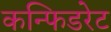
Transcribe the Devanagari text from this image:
कन्फिडरेट